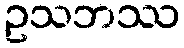
ဥသဘဿ